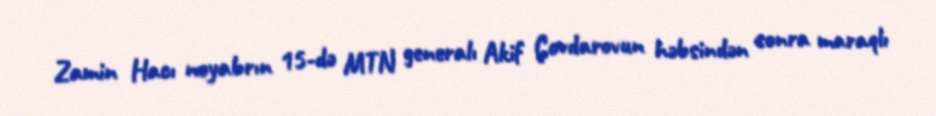
Zamin Hacı noyabrın 15-də MTN generalı Akif Çovdarovun həbsindən sonra maraqlı